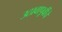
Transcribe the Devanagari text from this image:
उठावापूर्वीचे